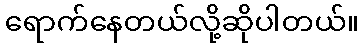
ရောက်နေတယ်လို့ဆိုပါတယ်။